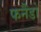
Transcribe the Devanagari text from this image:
फर्नैंडो